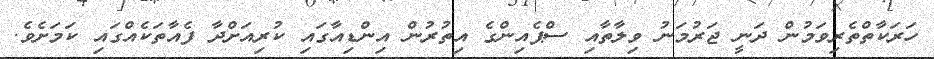
ހަރަކާތްތެރިވަމުން ދަނީ ޖަރުމަނު ވިލާތާއި ސްޕެއިންގެ އިތުރުން އިންޑިއާގައި ކުރިއަށްދާ ފެއާތަކެއްގައި ކަމަށެވެ.